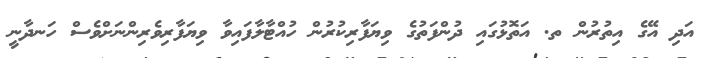
އަދި އޭގެ އިތުރުން ތ. އަތޮޅުގައި ދުންފަތުގެ ވިޔަފާރިކުރުން ހުއްޓާލާފައިވާ ވިޔަފާރިވެރިންނަށްވެސް ހަނދާނީ